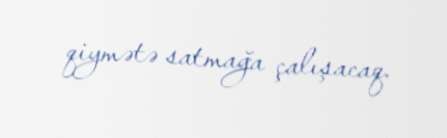
qiymətə satmağa çalışacaq.